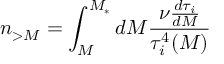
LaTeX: n _ { > M } = \int _ { M } ^ { M _ { * } } d M { \frac { \nu { \frac { d \tau _ { i } } { d M } } } { \tau _ { i } ^ { 4 } ( M ) } }